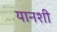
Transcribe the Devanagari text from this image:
यानशी